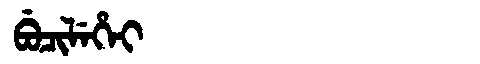
Manchu: ᠪᡠᠴᡳᠯᡝᡥᡝᡳ
Romanization: BUCILEHEI